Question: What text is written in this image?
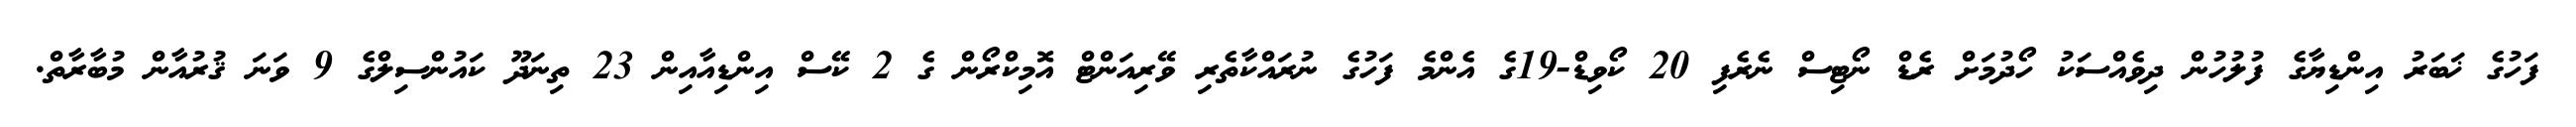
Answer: ފަހުގެ ޚަބަރު އިންޑިޔާގެ ފުލުހުން ދިވެއްސަކު ހޯދުމަށް ރެޑް ނޯޓިސް ނެރެފި 20 ކޯވިޑް-19ގެ އެންމެ ފަހުގެ ނުރައްކާތެރި ވޭރިއަންޓް އޮމިކްރޯން ގެ 2 ކޭސް އިންޑިއާއިން 23 ތިނަދޫ ކައުންސިލްގެ 9 ވަނަ ޤުރުއާން މުބާރާތް.